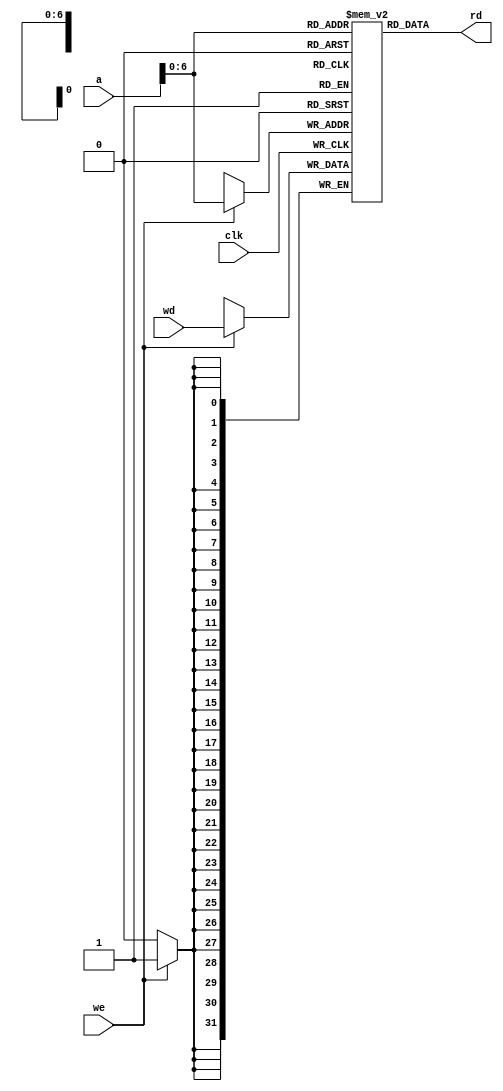
module mem(input [29:0] a,
            input clk, we, 
            input [31:0] wd,
            output [31:0] rd);
    reg [31:0] RAM [127:0];//
    initial
        begin
            /*RAM[0]<=32'h20020005;
            RAM[1]<=32'h2003000c;
            RAM[2]<=32'h2067fff7;
            RAM[3]<=32'h00e22025;
            RAM[4]<=32'h00642824;
            RAM[5]<=32'h00a42820;
            RAM[6]<=32'h10a7000a;
            RAM[7]<=32'h0064202a;
            RAM[8]<=32'h10800001;
            RAM[9]<=32'h20050000;
            RAM[10]<=32'h00e2202a;
            RAM[11]<=32'h00853820;
            RAM[12]<=32'h00e23822;
            RAM[13]<=32'hac670044;
            RAM[14]<=32'h8c020050;
            RAM[15]<=32'h08000011;
            RAM[16]<=32'h20020001;
            RAM[17]<=32'hac020054;*/
            
            /*RAM[0]<=32'h2010000c;
            RAM[1]<=32'h3212fff8;
            RAM[2]<=32'h3633000a;
            RAM[3]<=32'h2a540005;
            RAM[4]<=32'h00000000;
            RAM[5]<=32'h02114020;
            RAM[6]<=32'h02534022;
            RAM[7]<=32'h02714024;
            RAM[8]<=32'h02324025;
            RAM[9]<=32'h0212402a;
            RAM[10]<=32'hac100064;
            RAM[11]<=32'h8c080064;*/
            
            /*RAM[0] <= 32'h20080063;
            RAM[1] <= 32'h20090025;
            RAM[2] <= 32'h20100000;
            RAM[3] <= 32'h10090006;
            RAM[4] <= 32'h312a0001;
            RAM[5] <= 32'h100a0001;
            RAM[6] <= 32'h02088020;
            RAM[7] <= 32'h00084040;
            RAM[8] <= 32'h00094842;
            RAM[9] <= 32'h08000003;*/
            
            /*RAM[0] <= 32'h2010fffc;
            RAM[1] <= 32'h2011000f;
            RAM[2] <= 32'h02114018;*/
            
            RAM[0] <= 32'h201d0080;
            RAM[1] <= 32'h20040005;
            RAM[2] <= 32'h0c000004;
            RAM[3] <= 32'h00021040;
            RAM[4] <= 32'h23bdfff8;
            RAM[5] <= 32'hafa40004;
            RAM[6] <= 32'hafbf0000;
            RAM[7] <= 32'h20080002;
            RAM[8] <= 32'h0088402a;
            RAM[9] <= 32'h10080003;
            RAM[10] <= 32'h20020001;
            RAM[11] <= 32'h23bd0008;
            RAM[12] <= 32'h03e00008;
            RAM[13] <= 32'h2084ffff;
            RAM[14] <= 32'h0c000004;
            RAM[15] <= 32'h8fbf0000;
            RAM[16] <= 32'h8fa40004;
            RAM[17] <= 32'h23bd0008;
            RAM[18] <= 32'h00821020;
            RAM[19] <= 32'h03e00008;
            
            /*RAM[0]<=32'h20100004;
            RAM[1]<=32'h20110001;
            RAM[2]<=32'h22310003;
            RAM[3]<=32'h12300002;
            RAM[4]<=32'h22310001;
            RAM[5]<=32'h02308822;
            RAM[6]<=32'h02308820;*/
            
            /*RAM[0]<=32'h00008820;
            RAM[1]<=32'h20100000;
            RAM[2]<=32'h2008000a;
            RAM[3]<=32'h11100003;
            RAM[4]<=32'h02308820;
            RAM[5]<=32'h22100001;
            RAM[6]<=32'h08000003;*/
            /*
            RAM[0]<=32'h20100064;
            RAM[1]<=32'h20080014;
            RAM[2]<=32'h15100002;
            RAM[3]<=32'h20110002;
            RAM[4]<=32'h0800000e;
            RAM[5]<=32'h20080032;
            RAM[6]<=32'h15100002;
            RAM[7]<=32'h20110003;
            RAM[8]<=32'h0800000e;
            RAM[9]<=32'h20080064;
            RAM[10]<=32'h15100002;
            RAM[11]<=32'h20110005;
            RAM[12]<=32'h0800000e;
            RAM[13]<=32'h00008820;*/
        end
    always@(posedge clk)
        if(we)  RAM[a] = wd;
    assign rd = RAM[a];
endmodule